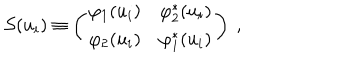
LaTeX: \mathcal { S } ( u _ { i } ) \equiv \left( \begin{matrix} { { \varphi _ { 1 } ( u _ { i } ) } } & { { \varphi _ { 2 } ^ { * } ( u _ { i } ) } } \\ { { \varphi _ { 2 } ( u _ { i } ) } } & { { \varphi _ { 1 } ^ { * } ( u _ { i } ) } } \\ \end{matrix} \right) ~ ,